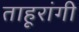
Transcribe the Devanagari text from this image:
ताहूरांगी